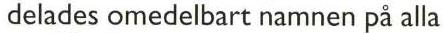
 delades omedelbart namnen på alla